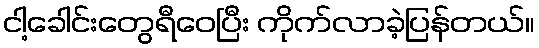
ငါ့ခေါင်းတွေရီဝေပြီး ကိုက်လာခဲ့ပြန်တယ်။